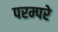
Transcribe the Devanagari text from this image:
परम्परे